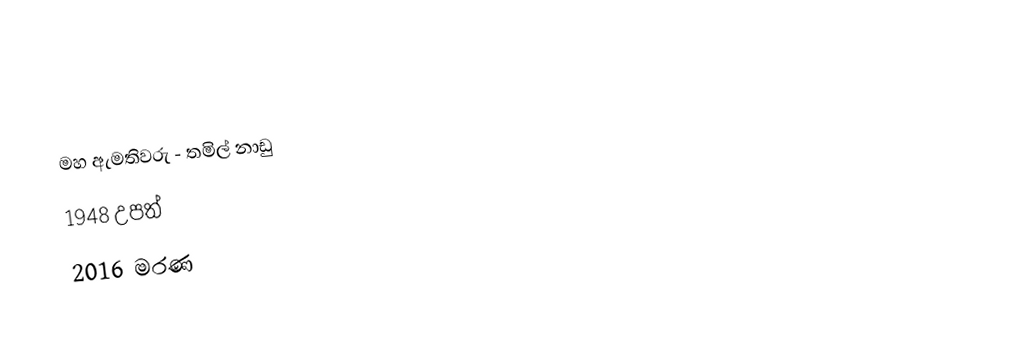
මහ ඇමතිවරු - තමිල් නාඩු
1948 උපත්
2016 මරණ